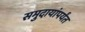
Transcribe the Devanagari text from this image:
समुदायांपर्यंत